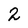
Character: 2